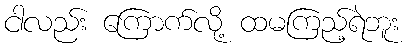
ငါလည်း ကြောက်လို့ ထမကြည့်ရဲဘူး